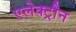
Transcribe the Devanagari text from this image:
एलेक्ट्रौन